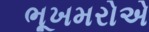
ભૂખમરોએ